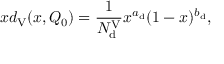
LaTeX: x d _ { \mathrm { V } } ( x , Q _ { 0 } ) = \frac { 1 } { N _ { \mathrm { d } } ^ { \mathrm { V } } } x ^ { a _ { \mathrm { d } } } ( 1 - x ) ^ { b _ { \mathrm { d } } } ,